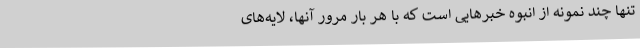
تنها چند نمونه از انبوه خبرهایی است که با هر بار مرور آنها، لایه‌های